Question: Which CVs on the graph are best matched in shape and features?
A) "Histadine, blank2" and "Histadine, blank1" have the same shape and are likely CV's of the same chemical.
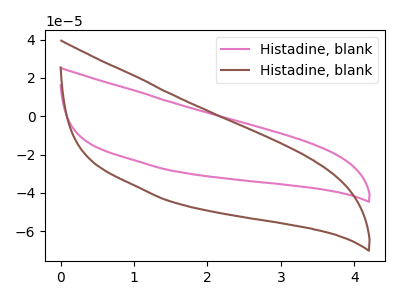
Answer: <think>The pink curve "Histadine, blank1" has no peaks. The brown curve "Histadine, blank2" has no peaks.
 Neither "Histadine, blank1" or "Histadine, blank2" have any peaks.</think>
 <answer>A) "Histadine, blank2" and "Histadine, blank1" have the same shape and are likely CV's of the same chemical.</answer>
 <eval>A</eval>